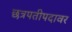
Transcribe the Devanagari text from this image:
छत्रपतीपदावर